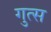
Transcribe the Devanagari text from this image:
गुत्स